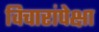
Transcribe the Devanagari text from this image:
विचारांपेक्षा